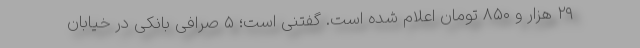
۲۹ هزار و ۸۵۰ تومان اعلام شده است. گفتنی است؛ ۵ صرافی بانکی در خیابان